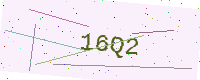
Text: 16Q2